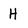
Character: H